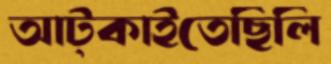
আট্‌কাইতেছিলি